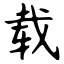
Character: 载